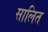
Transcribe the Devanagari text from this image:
सालित